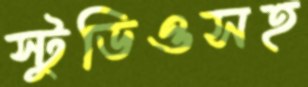
স্টুডিওসহ